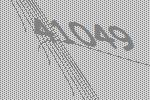
41049